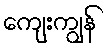
ကျေးကျွန်